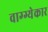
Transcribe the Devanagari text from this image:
वाग्ग्येकार